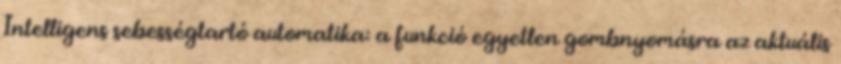
Intelligens sebességtartó automatika: a funkció egyetlen gombnyomásra az aktuális